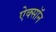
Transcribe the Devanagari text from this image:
ऐक्सॉन